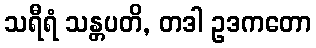
သရီရံ သန္တပတိ, တဒါ ဥဒကတော